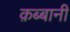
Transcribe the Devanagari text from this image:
क़ब्बानी